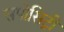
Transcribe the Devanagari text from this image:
सपोसिट्री